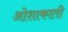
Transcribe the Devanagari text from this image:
ओशाकाती